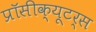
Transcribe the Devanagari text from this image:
प्रॉसीक्यूटर्स